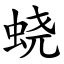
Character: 蛲